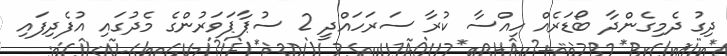
ދިގު ދެމިގެންދާ ބޯޑަރެއް ހިއްސާ ކުރާ ސަރަހައްދީ 2 ސުޕާޕަވަރުންގެ މެދުގައި އުފެދިފައި